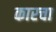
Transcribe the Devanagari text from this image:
कारचा